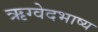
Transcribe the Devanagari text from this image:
ऋग्वेदभाष्य